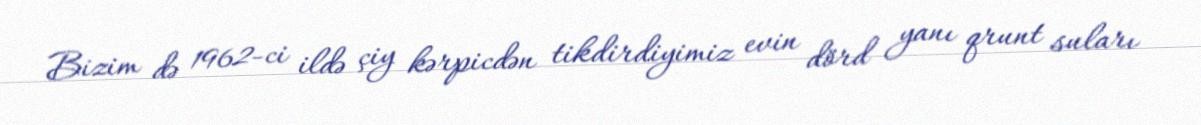
Bizim də 1962-ci ildə çiy kərpicdən tikdirdiyimiz evin dörd yanı qrunt suları